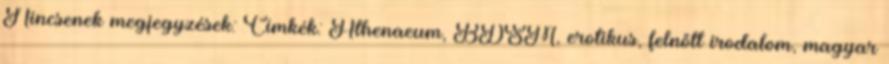
Nincsenek megjegyzések: Címkék: Athenaeum, BDSM, erotikus, felnőtt irodalom, magyar